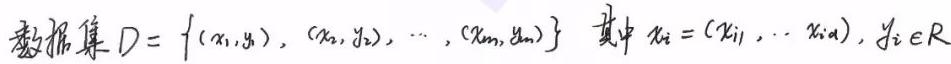
数据集 $D = \{ (x_1,y_1), (x_2,y_2), \cdots, (x_m,y_m) \}$ 其中 $x_i = (x_{i1}, \cdots, x_{id}), y_i \in \mathbb{R}$